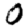
Digit: 0